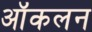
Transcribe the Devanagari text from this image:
ऑकलन